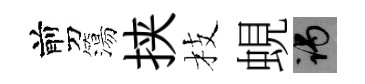
剪簜挟枝蜆谒